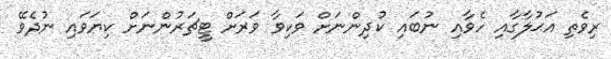
ރިވެތި އަޙުލާގާއި ހެވާއި ނުބައި ކުދިންނަށް ވަކިވާ ވަރަށް ޓީޗަރުންނަށް ކިޔަވައި ނުދެވޭ